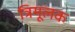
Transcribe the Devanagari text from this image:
त्रिमूलक